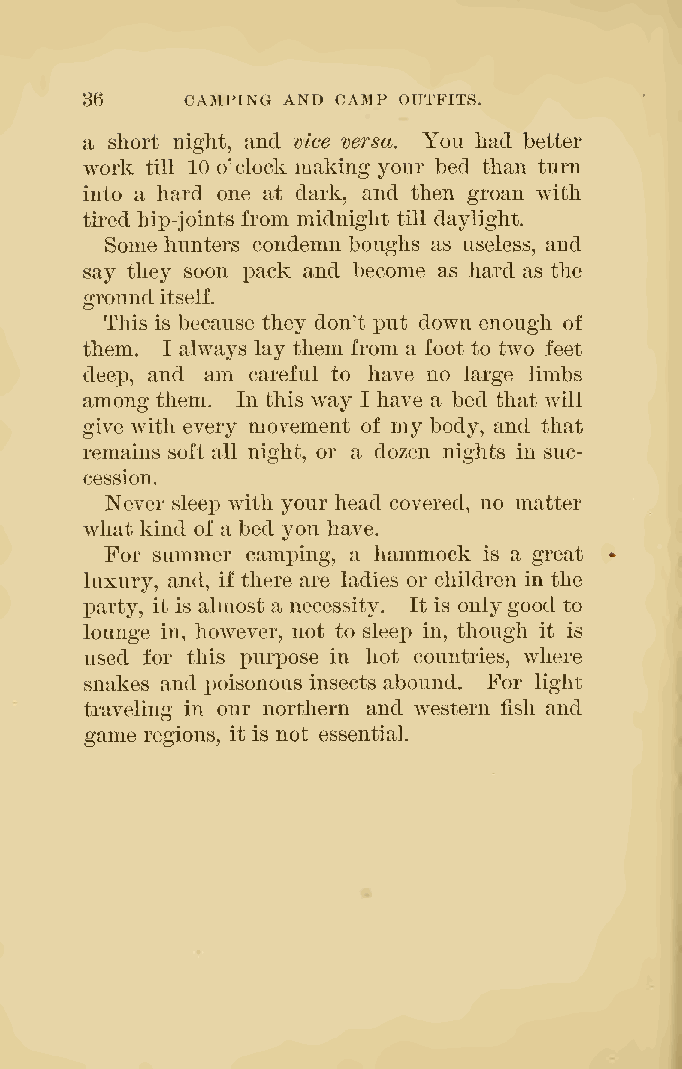
36     CAMPING AND CAMP OUTFITS.
 a short night, and vice versa. You had better
 work till 10 o'clock making your bed than turn
 into a hard one at dark, and then groan with
 tired hip-joints from midnight till daylight.
 Some hunters condemn boughs as useless, and
 say they soon pack and become as hard as the
 grounditself.
 This is because they don't put down enough of
 them. I always lay them from a foot to two feet
 deep, and am careful to have no large limbs
 among them. In this way I have a bed that will
 give with every movement of my body, and that
 remains soft all night, or a dozen nights in suc-
 cession.
 Never sleej) with your head covered, no matter
 what kind of a bed you have.
 For summer camping, a hammock is a great
 luxury, and, if there are ladies or children in the
 X)arty, it is almost a necessity. It is onlygood to
 lounge in, however, not to sleej) in, though it is
 used for this i^urpose in hot countries, where
 snakes and poisonous insects abound. For light
 traveling in our northern and western fish and
 game regions, it is not essential.